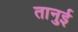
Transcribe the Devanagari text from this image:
तानुई